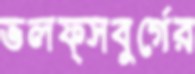
ভলফ্সবুর্গের